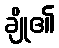
ချို၏